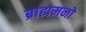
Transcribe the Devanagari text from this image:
ब्राह्ममनो